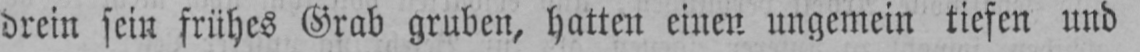
drein sein frühes Grab gruben, hatten einen ungemein tiefen und